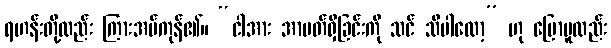
ရဟန်းတို့လည်း ကြားအပ်ကုန်၏။ “ငါအား အာပတ်ရှိခြင်းကို သင် သိပါလော့” ဟု ပြောမူလည်း